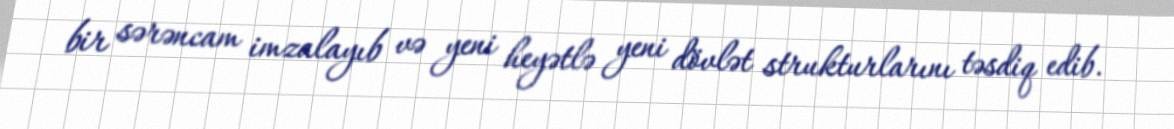
bir sərəncam imzalayıb və yeni heyətlə yeni dövlət strukturlarını təsdiq edib.